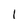
Character: 1